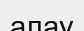
алау